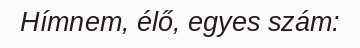
Hímnem, élő, egyes szám: